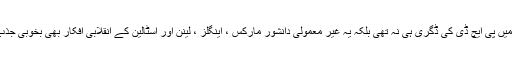
ڈاکٹر تقی ارانی جب 1930میں تعلیم مکمل کر کے ایران لوٹے تو ان کے پاس صرف کیمسٹری میں پی ایچ ڈی کی ڈگری ہی نہ تھی بلکہ یہ غیر معمولی دانشور مارکس ، اینگلز ، لینن اور اسٹالین کے انقلابی افکار بھی بخوبی جذب کر چکا تھے اور اس کے بموجب ایران میں اپنے انقلابی فریضے کی تکمیل کے لیے تیار تھا ۔